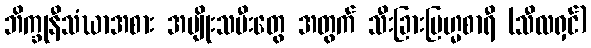
ဘိက္ခုနီသံဃာအစား အမျိုးသမီးတွေ အတွက် သီးခြားဗြဟ္မစာရီ (သီလရှင်)